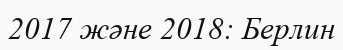
2017 және 2018: Берлин